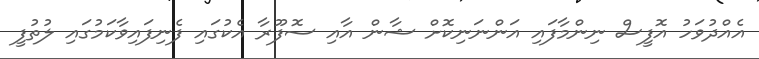
އެއްދުވަހު އޮފީސް ނިންމާފައި އަންނަނިކޮށް ޝާން އާއި ސޮފޫރާ އެކުގައި ފެނިފައިވާކަމުގައި ލުތުފީ